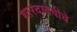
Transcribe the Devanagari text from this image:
शारदादेवीचे